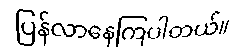
ပြန်လာနေကြပါတယ်။